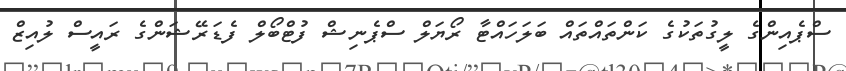
ސްޕެއިންގެ ލީގުތަކުގެ ކަންތައްތައް ބަލަހައްޓާ ރޯޔަލް ސްޕެނިޝް ފުޓްބޯލް ފެޑަރޭޝަންގެ ރައީސް ލުއިޒް